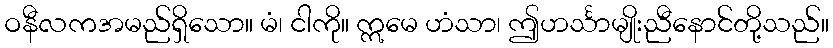
ဝနီလကအမည်ရှိသော။ မံ၊ ငါကို။ ဣမေ ဟံသာ၊ ဤဟင်္သာမျိုးညီနောင်တို့သည်။